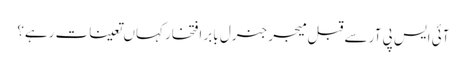
آئی ایس پی آر سے قبل میجر جنرل بابر افتخار کہاں تعینات رہے؟